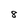
Character: 8